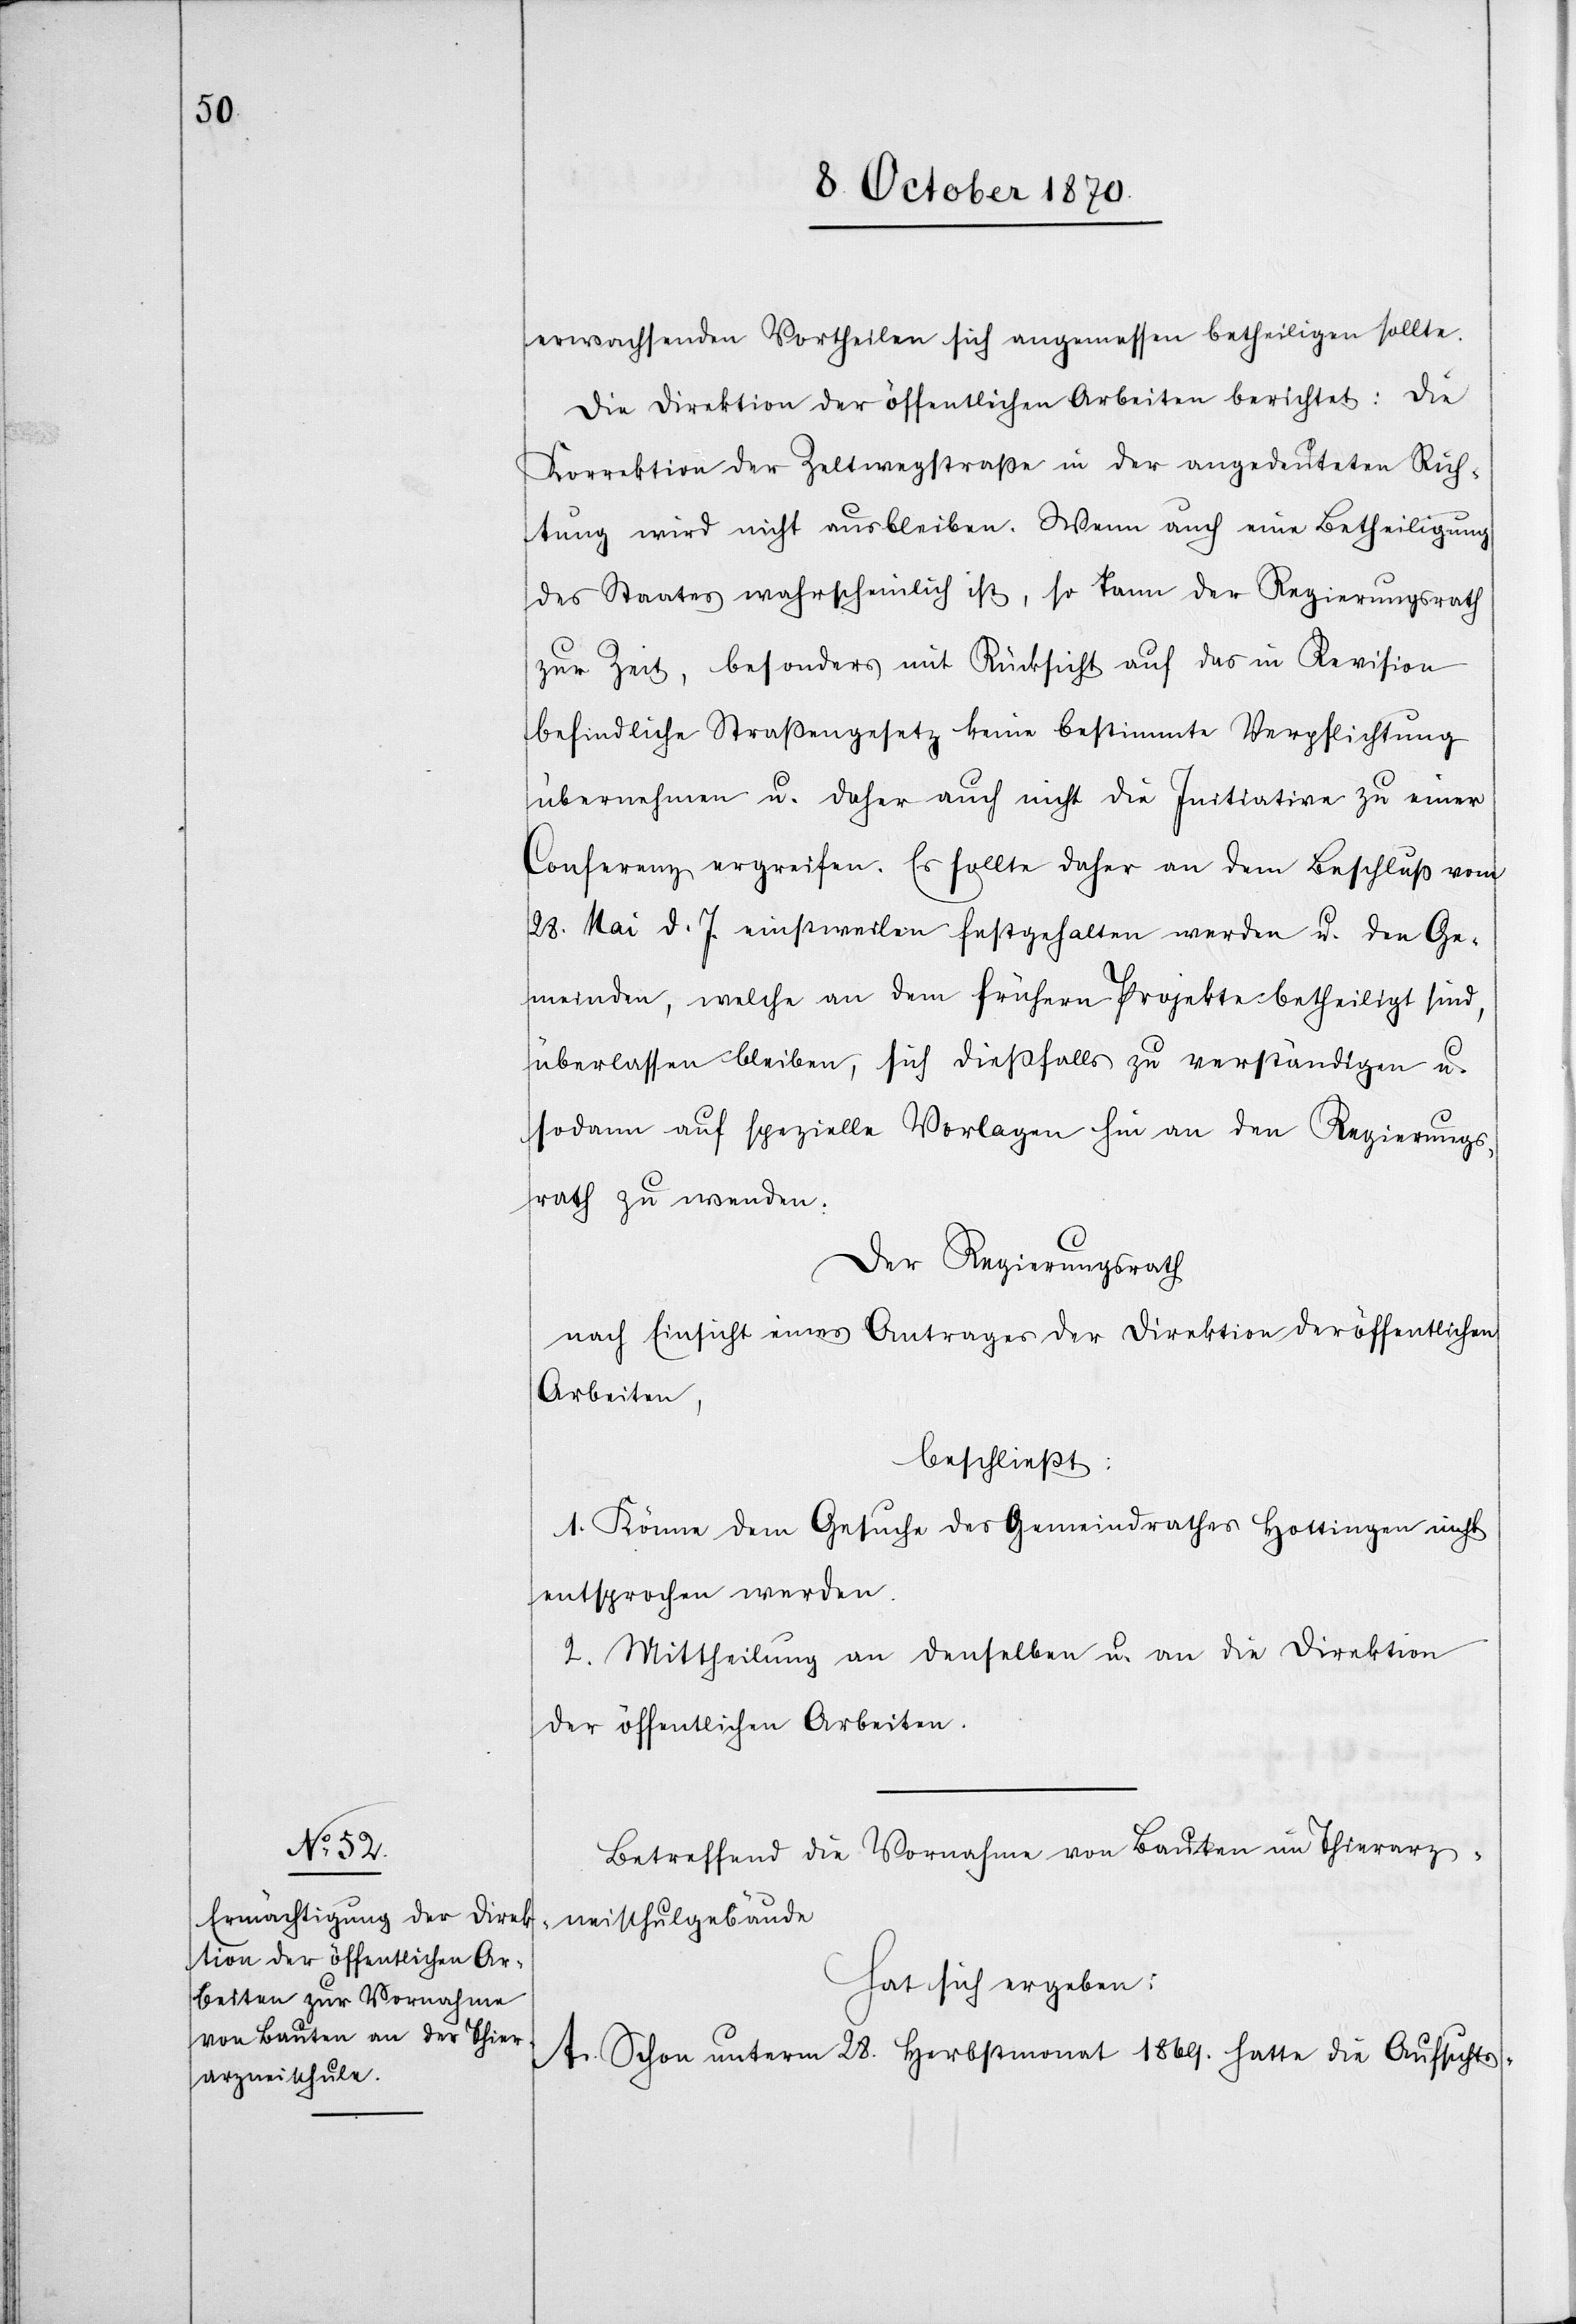
erwachsenden Vortheile sich angemessen betheiligen sollte.
Die Direktion der öffentlichen Arbeiten berichtet: Die
Korrektion der Zeltwegstraße in der angedeuteten Rich¬
tung wird nicht ausbleiben. Wenn auch eine Betheiligung
des Staates wahrscheinlich ist, so kann der Regierungsrath
zur Zeit, besonders mit Rücksicht auf das in Revision
befindliche Straßengesetz keine bestimmte Verpflichtung
übernehmen u. daher auch nicht die Initiation zu einer
Conferenz ergreifen. Es sollte daher an dem Beschluß vom
28. Mai. d. Js. einstweilen festgehalten werden u. den Ge¬
meinden, welche an dem frühern Projekte betheiligt sind,
überlassen bleiben, sich dießfalls zu verständigen u.
sodann auf spezielle Vorlagen hin an den Regierungs¬
rath zu wenden.
Der Regierungsrath
nach Einsicht eines Antrages der Direktion der öffentlichen
Arbeiten,
beschließt:
1. Könne dem Gesuche des Gemeindrathes Hottingen nicht
entsprochen werden.
2. Mittheilung an denselben u. an die Direktion
der öffentlichen Arbeiten.
Betreffend die Vornahme von Bauten im Thierarz¬
neischulgebäude
hat sich ergeben:
A. Schon unterm 28. Herbstmonat 1869. hatte die Aufsichts-